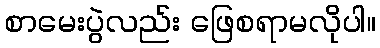
စာမေးပွဲလည်း ဖြေစရာမလိုပါ။